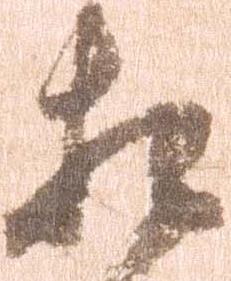
相